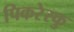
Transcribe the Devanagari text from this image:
पिकरेस्कु